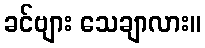
ခင်ဗျား သေချာလား။